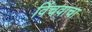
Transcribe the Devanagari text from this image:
विंचवाचा